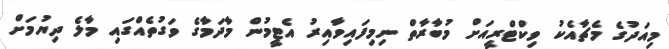
މިއަދުގެ މެޗާއެކު ވިކްޓްރީއަށް މުބާރާތް ނިމިފައިވާއިރު އެޓީމުން މާދަމާގެ ވަގުތެއްގައި މާލެ ދިޔުމަށް